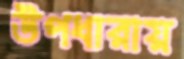
উপধারায়